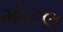
મોટલ